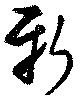
新